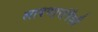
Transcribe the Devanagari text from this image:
लावणारांपैकी